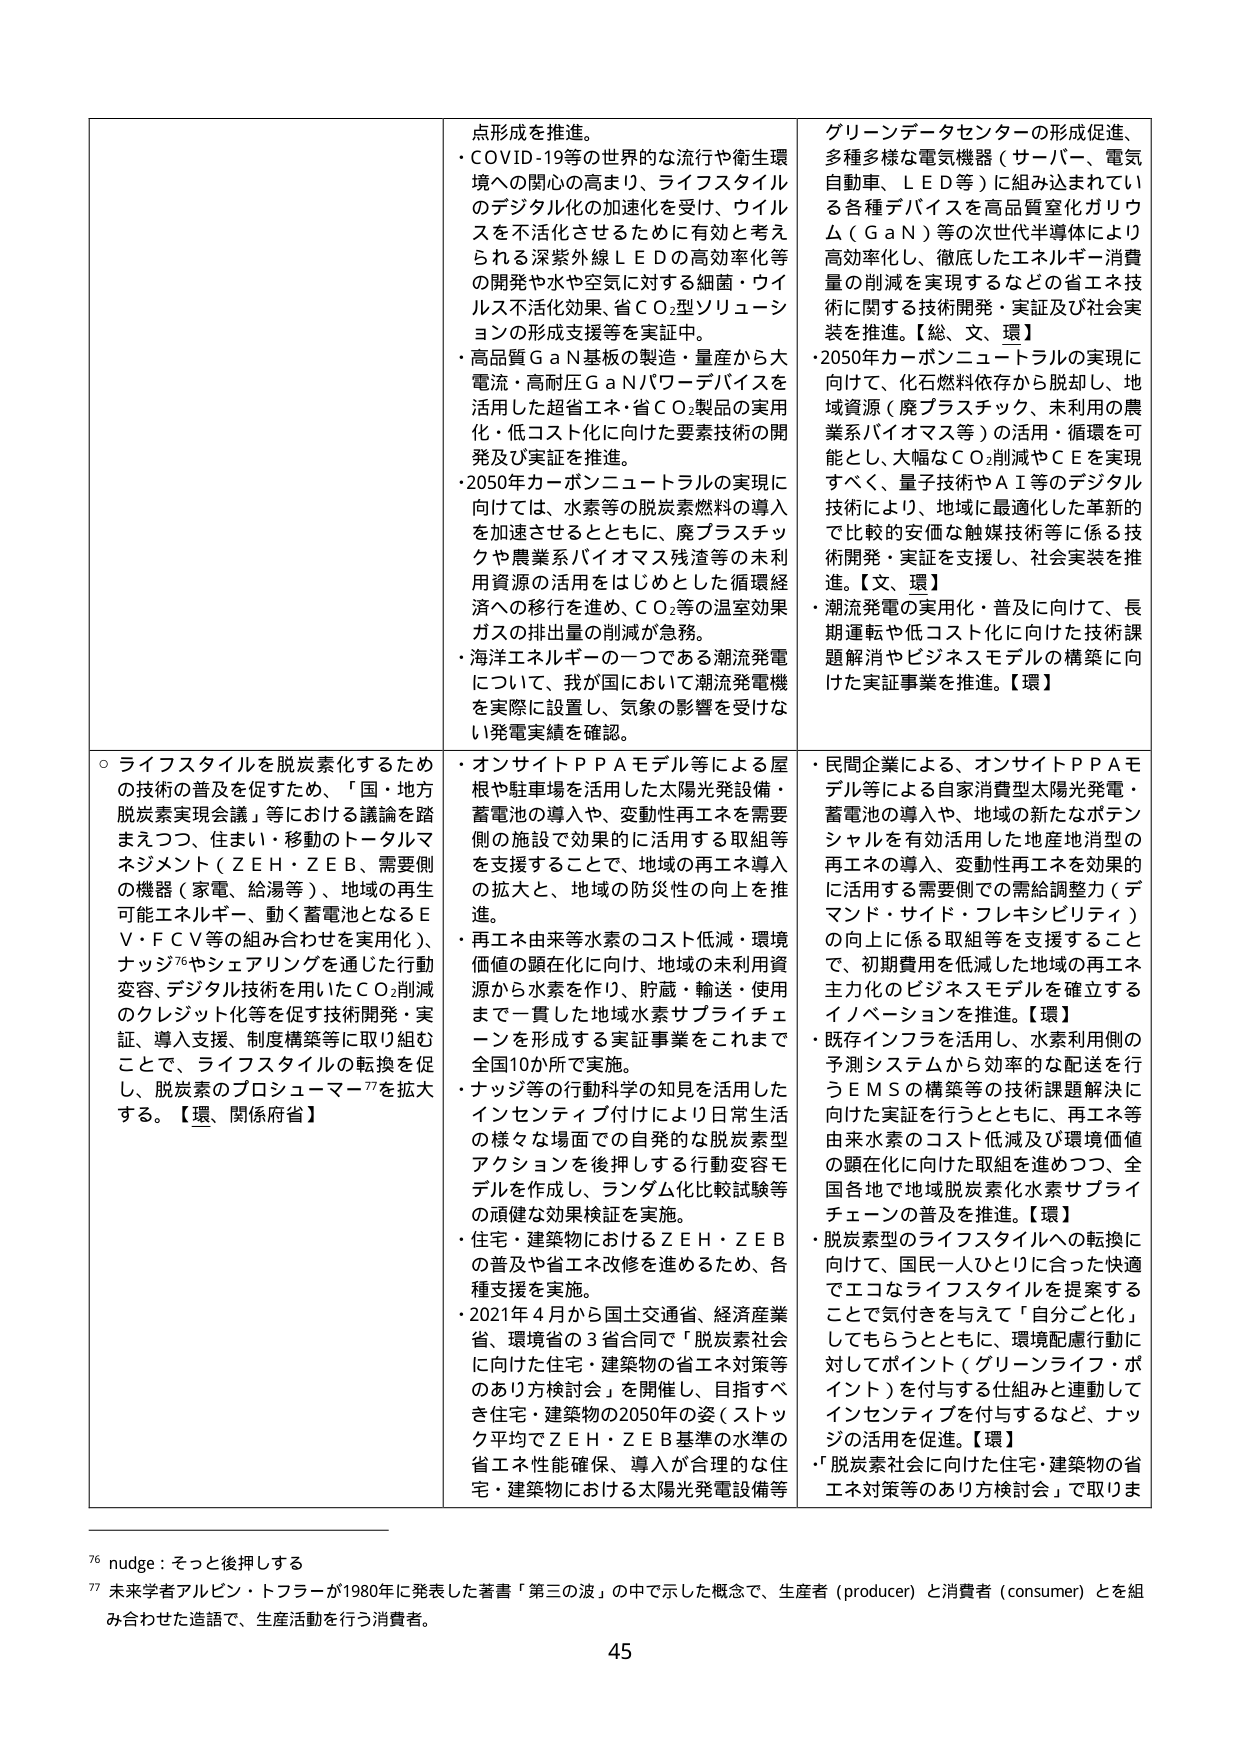
点形成を推進。
・COVID-19等の世界的な流行や衛生環境への関心の高まり、ライフスタイルのデジタル化の加速化を受け、ウイルスを不活化させるために有効と考えられる深紫外線ＬＥＤの高効率化等の開発や水や空気に対する細菌・ウイルス不活化効果、省ＣＯ₂型ソリューションの形成支援等を実証中。
・高品質ＧａＮ基板の製造・量産から大電流・高耐圧ＧａＮパワーデバイスを活用した超省エネ・省ＣＯ₂製品の実用化・低コスト化に向けた要素技術の開発及び実証を推進。
・2050年カーボンニュートラルの実現に向けては、水素等の脱炭素燃料の導入を加速させるとともに、廃プラスチックや農業系バイオマス残渣等の未利用資源の活用をはじめとした循環経済への移行を進め、ＣＯ₂等の温室効果ガスの排出量の削減が急務。
・海洋エネルギーの一つである潮流発電について、我が国において潮流発電機を実際に設置し、気象の影響を受けない発電実績を確認。

グリーンデータセンターの形成促進、多種多様な電気機器（サーバー、電気自動車、ＬＥＤ等）に組み込まれている各種デバイスを高品質窒化ガリウム（ＧａＮ）等の次世代半導体により高効率化し、徹底したエネルギー消費量の削減を実現するなどの省エネ技術に関する技術開発・実証及び社会実装を推進。【総、文、環】
・2050年カーボンニュートラルの実現に向けて、化石燃料依存から脱却し、地域資源（廃プラスチック、未利用の農業系バイオマス等）の活用・循環を可能とし、大幅なＣＯ₂削減やＣＥを実現すべく、量子技術やＡＩ等のデジタル技術により、地域に最適化した革新的で比較的安価な触媒技術等に係る技術開発・実証を支援し、社会実装を推進。【文、環】
・潮流発電の実用化・普及に向けて、長期運転や低コスト化に向けた技術課題解消やビジネスモデルの構築に向けた実証事業を推進。【環】

○ライフスタイルを脱炭素化するための技術の普及を促すため、「国・地方脱炭素実現会議」等における議論を踏まえつつ、住まい・移動のトータルマネジメント（ＺＥＨ・ＺＥＢ、需要側の機器（家電、給湯等）、地域の再生可能エネルギー、動く蓄電池となるＥＶ・ＦＣＶ等の組み合わせを実用化）、ナッジ76やシェアリングを通じた行動変容、デジタル技術を用いたＣＯ₂削減のクレジット化等を促す技術開発・実証、導入支援、制度構築等に取り組むことで、ライフスタイルの転換を促し、脱炭素のプロシューマー77を拡大する。【環、関係府省】

・オンサイトＰＰＡモデル等による屋根や駐車場を活用した太陽光発電設備・蓄電池の導入や、変動性再エネを需要側の施設で効果的に活用する取組等を支援することで、地域の再エネ導入の拡大と、地域の防災性の向上を推進。
・再エネ由来等水素のコスト低減・環境価値の顕在化に向け、地域の未利用資源から水素を作り、貯蔵・輸送・使用まで一貫した地域水素サプライチェーンを形成する実証事業をこれまで全国10か所で実施。
・ナッジ等の行動科学の知見を活用したインセンティブ付けにより日常生活の様々な場面での自発的な脱炭素型アクションを後押しする行動変容モデルを作成し、ランダム化比較試験等の頑健な効果検証を実施。
・住宅・建築物におけるＺＥＨ・ＺＥＢの普及や省エネ改修を進めるため、各種支援を実施。
・2021年4月から国土交通省、経済産業省、環境省の3省合同で「脱炭素社会に向けた住宅・建築物の省エネ対策等のあり方検討会」を開催し、目指すべき住宅・建築物の2050年の姿（ストック平均でＺＥＨ・ＺＥＢ基準の水準の省エネ性能確保、導入が合理的な住宅・建築物における太陽光発電設備等

・民間企業による、オンサイトＰＰＡモデル等による自家消費型太陽光発電・蓄電池の導入や、地域の新たなポテンシャルを有効活用した地産地消型の再エネの導入、変動性再エネを効果的に活用する需要側での需給調整力（デマンド・サイド・フレキシビリティ）の向上に係る取組等を支援することで、初期費用を低減した地域の再エネ主力化のビジネスモデルを確立するイノベーションを推進。【環】
・既存インフラを活用し、水素利用側の予測システムから効率的な配送を行うＥＭＳの構築等の技術課題解決に向けた実証を行うとともに、再エネ等由来水素のコスト低減及び環境価値の顕在化に向けた取組を進めつつ、全国各地で地域脱炭素化水素サプライチェーンの普及を推進。【環】
・脱炭素型のライフスタイルへの転換に向けて、国民一人ひとりに合った快適でエコなライフスタイルを提案することで気付きを与えて「自分ごと化」してもらうとともに、環境配慮行動に対してポイント（グリーンライフ・ポイント）を付与する仕組みと連動してインセンティブを付与するなど、ナッジの活用を促進。【環】
・「脱炭素社会に向けた住宅・建築物の省エネ対策等のあり方検討会」で取りま

76 nudge：そっと後押しする
77 未来学者アルビン・トフラーが1980年に発表した著書「第三の波」の中で示した概念で、生産者（producer）と消費者（consumer）とを組み合わせた造語で、生産活動を行う消費者。

45